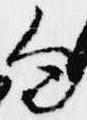
勾